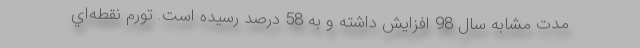
مدت مشابه سال 98 افزايش داشته و به 58 درصد رسيده است. تورم نقطه‌اي